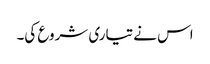
اس نے تیاری شروع کی۔